Indian journal of veterinary science and animal husbandry - Volumes 28-29, 1958-1959
Year: 1958
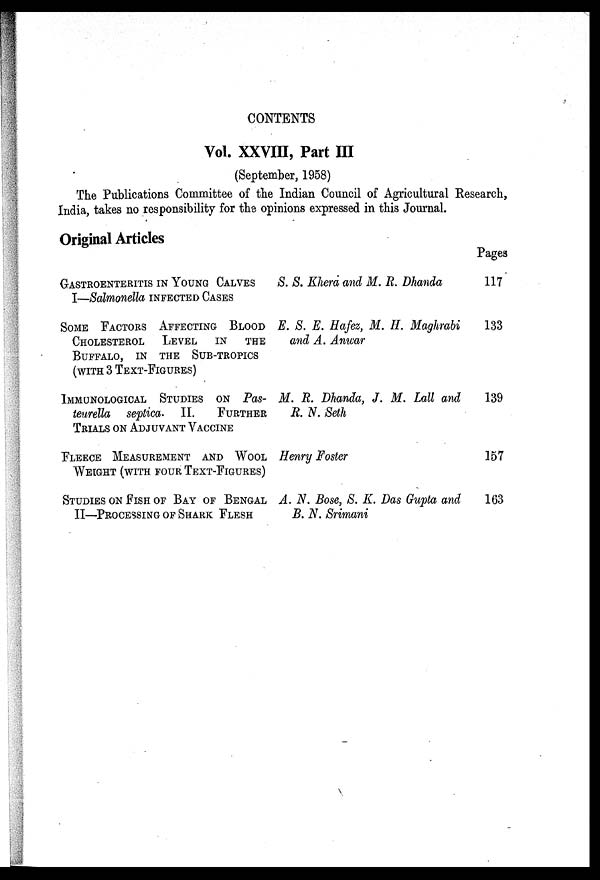
CONTENTS
Vol. XXVIII, Part III
(September, 1958)
The Publications Committee of the Indian Council of Agricultural Research,
India, takes no responsibility for the opinions expressed in this Journal.
Original Articles
GASTROENTERITIS IN YOUNG CALVES
I—Salmonella INFECTED CASES
SOME FACTORS AFFECTING BLOOD
CHOLESTEROL
LEVEL
IN
THE
BUFFALO, IN THE SUB-TROPICS
(WITH 3 TEXT-FIGURES)
IMMUNOLOGICAL STUDIES ON Pas¬
teurella septica. II.
FURTHER
TRIALS ON ADJUVANT VACCINE
FLEECE MEASUREMENT AND WOOL
WEIGHT (WITH FOUR TEXT-FIGURES)
STUDIES ON FISH OF BAY OF BENGAL
II—PROCESSING OF SHARK FLESH
S. S. Khera and M. R. Dhanda
E. S. E. Hafez, M. H. Maghrabi
and A. Anwar
M. R. Dhanda, J. M. Lall and
R. N. Seth
Henry Foster
A. N. Bose, S. K. Das Gupta and
B. N. Srimani
Pages
117
133
139
157
163